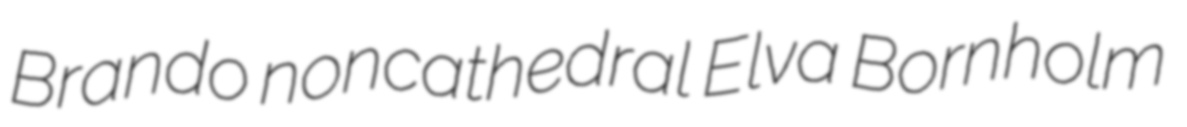
Brando noncathedral Elva Bornholm